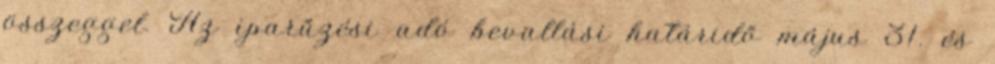
összeggel. Az iparűzési adó bevallási határidő május 31. és